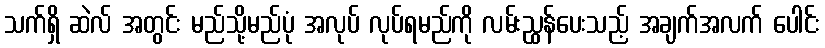
သက်ရှိ ဆဲလ် အတွင်း မည်သို့မည်ပုံ အလုပ် လုပ်ရမည်ကို လမ်းညွှန်ပေးသည့် အချက်အလက် ပေါင်း